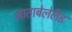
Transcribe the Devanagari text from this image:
माताबेलेलँड